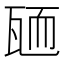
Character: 𦓓